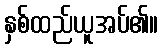
နှစ်ထည်ယူအပ်၏။